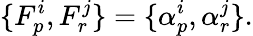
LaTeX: \{ F_{p}^{i},F_{r}^{j}\} =\{ \alpha_{p}^{i},\alpha_{r}^{j}\} .